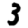
Digit: 3